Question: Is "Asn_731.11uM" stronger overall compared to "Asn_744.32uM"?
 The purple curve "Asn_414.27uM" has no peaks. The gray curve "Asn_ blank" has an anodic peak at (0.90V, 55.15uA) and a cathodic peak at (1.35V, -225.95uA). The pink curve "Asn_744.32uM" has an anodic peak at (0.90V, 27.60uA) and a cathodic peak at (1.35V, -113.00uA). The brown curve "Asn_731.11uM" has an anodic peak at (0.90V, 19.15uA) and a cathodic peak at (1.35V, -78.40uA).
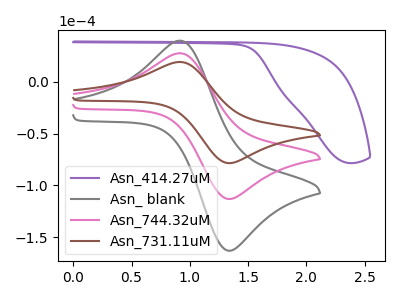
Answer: <think>All the peaks in "Asn_731.11uM" have a peak in "Asn_744.32uM" at the same potential. Every peak in "Asn_731.11uM" is lower than every peak in "Asn_744.32uM".
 </think>
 <answer>"Asn_731.11uM" has less signal than "Asn_744.32uM".</answer>
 <eval>less_signal</eval>